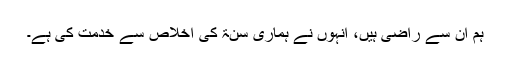
ہم ان سے راضی ہیں، انہوں نے ہماری سنۃ کی اخلاص سے خدمت کی ہے۔